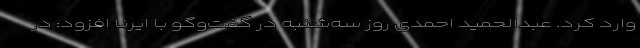
وارد کرد. عبدالحمید احمدی روز سه‌شنبه در گفت‌وگو با ایرنا افزود: در